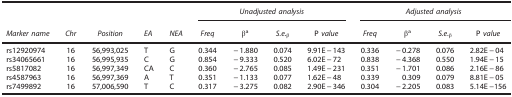
<table><thead><tr><td><b> </b></td><td><b> </b></td><td><b> </b></td><td><b> </b></td><td><b> </b></td><td colspan="4"><b><i>Unadjusted analysis</i></b></td><td colspan="4"><b><i>Adjusted analysis</i></b></td></tr><tr><td><b><i>Marker name</i></b></td><td><b><i>Chr</i></b></td><td><b><i>Position</i></b></td><td><b><i>EA</i></b></td><td><b><i>NEA</i></b></td><td><b><i>Freq</i></b></td><td><b>βa</b></td><td><b><i>S.e.</i><sub>β</sub></b></td><td><b>P <i>value</i></b></td><td><b><i>Freq</i></b></td><td><b>βa</b></td><td><b><i>S.e.</i><sub>β</sub></b></td><td><b>P <i>value</i></b></td></tr></thead><tbody><tr><td>rs12920974</td><td>16</td><td>56,993,025</td><td>T</td><td>G</td><td>0.344</td><td>−1.880</td><td>0.074</td><td>9.91E−143</td><td>0.336</td><td>−0.278</td><td>0.076</td><td>2.82E−04</td></tr><tr><td>rs34065661</td><td>16</td><td>56,995,935</td><td>C</td><td>G</td><td>0.854</td><td>−9.333</td><td>0.520</td><td>6.02E−72</td><td>0.838</td><td>−4.368</td><td>0.550</td><td>1.94E−15</td></tr><tr><td>rs5817082</td><td>16</td><td>56,997,349</td><td>CA</td><td>C</td><td>0.360</td><td>−2.765</td><td>0.085</td><td>1.49E−231</td><td>0.351</td><td>−1.701</td><td>0.086</td><td>2.16E−86</td></tr><tr><td>rs4587963</td><td>16</td><td>56,997,369</td><td>A</td><td>T</td><td>0.351</td><td>−1.133</td><td>0.077</td><td>1.62E−48</td><td>0.339</td><td>0.309</td><td>0.079</td><td>8.81E−05</td></tr><tr><td>rs7499892</td><td>16</td><td>57,006,590</td><td>T</td><td>C</td><td>0.317</td><td>−3.275</td><td>0.082</td><td>2.90E−346</td><td>0.304</td><td>−2.205</td><td>0.083</td><td>5.14E−156</td></tr></tbody></table>